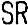
SR